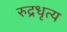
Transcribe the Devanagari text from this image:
रुद्रधृत्य